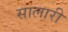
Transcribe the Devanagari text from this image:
सालारी